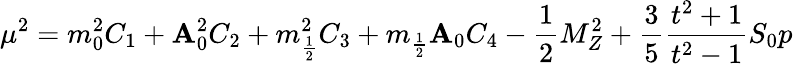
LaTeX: \mu^{2}=m_{0}^{2}C_{1}+\mathbf{A}_{0}^{2}C_{2}+m_{\frac{{1}}{{2}}}^{2}C_{3}+m_{\frac{{1}}{{2}}}\mathbf{A}_{0}C_{4}-\frac{{1}}{{2}}M_{Z}^{2}+\frac{{3}}{{5}}\frac{{t^{2}+1}}{{t^{2}-1}}S_{0}p